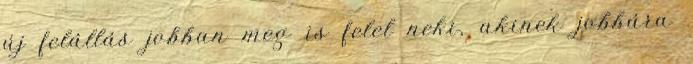
új felállás jobban meg is felel neki, akinek jobbára